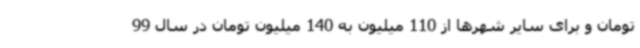
تومان و برای سایر شهرها از 110 میلیون به 140 میلیون تومان در سال 99